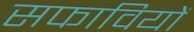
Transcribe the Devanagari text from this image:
सफावियों